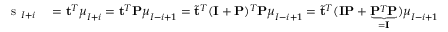
\begin{array} { r l } { \mathrm { ~ s ~ } _ { I + i } } & { { } = \mathbf { t } ^ { T } \boldsymbol { \mu } _ { I + i } = \mathbf { t } ^ { T } \mathbf { P } \boldsymbol { \mu } _ { I - i + 1 } = \tilde { \mathbf { t } } ^ { T } ( \mathbf { I } + \mathbf { P } ) ^ { T } \mathbf { P } \boldsymbol { \mu } _ { I - i + 1 } = \tilde { \mathbf { t } } ^ { T } ( \mathbf { I } \mathbf { P } + \underbrace { \mathbf { P } ^ { T } \mathbf { P } } _ { = \mathbf { I } } ) \boldsymbol { \mu } _ { I - i + 1 } } \end{array}